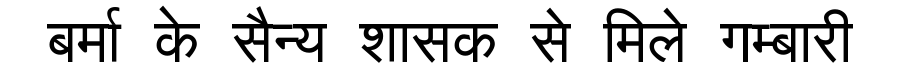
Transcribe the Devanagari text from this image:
बर्मा के सैन्य शासक से मिले गम्बारी